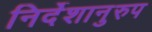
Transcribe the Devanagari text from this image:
निर्देशानुरुप